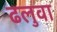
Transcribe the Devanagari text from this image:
ढलुवा